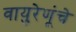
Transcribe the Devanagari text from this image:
वायुरेणूंचे